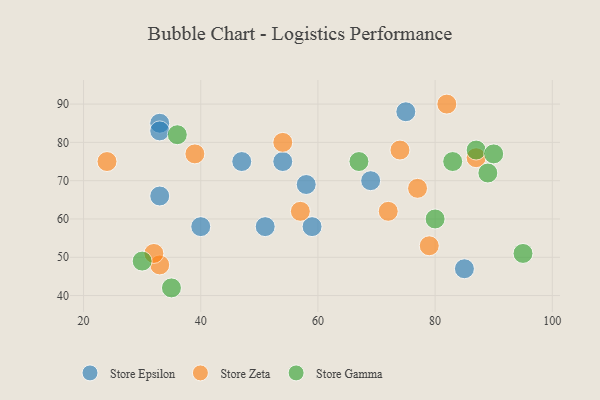
{"axis": {"x": "GDP", "y": "Life Expectancy"}, "legend": ["Store Epsilon", "Store Gamma", "Store Zeta"], "data": [{"x": "33", "y": 85, "type": "Store Epsilon"}, {"x": "59", "y": 58, "type": "Store Epsilon"}, {"x": "85", "y": 47, "type": "Store Epsilon"}, {"x": "51", "y": 58, "type": "Store Epsilon"}, {"x": "54", "y": 75, "type": "Store Epsilon"}, {"x": "75", "y": 88, "type": "Store Epsilon"}, {"x": "47", "y": 75, "type": "Store Epsilon"}, {"x": "33", "y": 83, "type": "Store Epsilon"}, {"x": "58", "y": 69, "type": "Store Epsilon"}, {"x": "69", "y": 70, "type": "Store Epsilon"}, {"x": "40", "y": 58, "type": "Store Epsilon"}, {"x": "33", "y": 66, "type": "Store Epsilon"}, {"x": "79", "y": 53, "type": "Store Zeta"}, {"x": "24", "y": 75, "type": "Store Zeta"}, {"x": "39", "y": 77, "type": "Store Zeta"}, {"x": "74", "y": 78, "type": "Store Zeta"}, {"x": "57", "y": 62, "type": "Store Zeta"}, {"x": "72", "y": 62, "type": "Store Zeta"}, {"x": "33", "y": 48, "type": "Store Zeta"}, {"x": "87", "y": 76, "type": "Store Zeta"}, {"x": "54", "y": 80, "type": "Store Zeta"}, {"x": "82", "y": 90, "type": "Store Zeta"}, {"x": "77", "y": 68, "type": "Store Zeta"}, {"x": "32", "y": 51, "type": "Store Zeta"}, {"x": "83", "y": 75, "type": "Store Gamma"}, {"x": "89", "y": 72, "type": "Store Gamma"}, {"x": "67", "y": 75, "type": "Store Gamma"}, {"x": "87", "y": 78, "type": "Store Gamma"}, {"x": "90", "y": 77, "type": "Store Gamma"}, {"x": "80", "y": 60, "type": "Store Gamma"}, {"x": "95", "y": 51, "type": "Store Gamma"}, {"x": "35", "y": 42, "type": "Store Gamma"}, {"x": "36", "y": 82, "type": "Store Gamma"}, {"x": "30", "y": 49, "type": "Store Gamma"}]}